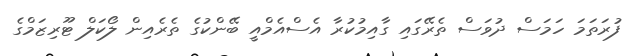
ފުރަތަމަ ހަމަސް ދުވަސް ތެރޭގައި ގާއިމުކުރާ އެސްއެމްއީ ބޭންކުގެ ތެރެއިން ލޯކަލް ޓޫރިޒަމްގެ